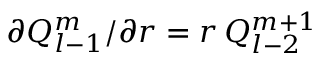
\partial Q _ { l - 1 } ^ { m } / \partial r = r \, Q _ { l - 2 } ^ { m + 1 }